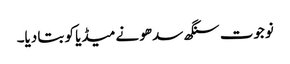
نوجوت سنگھ سدھو نے میڈیا کو بتا دیا۔